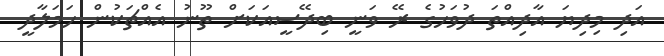
އަދި މިދިޔަ އާދިއްތަ ދުވަހުގެ ރޭ ވަނީ ބިދޭސީއަކަށް ތޫނު އެއްޗަކުން ހަމަލާދީ